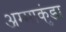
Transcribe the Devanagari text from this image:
अम्माकुंडा